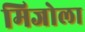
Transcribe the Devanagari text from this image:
मिजोला